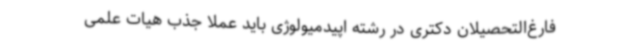
فارغ‌التحصیلان دکتری در رشته اپیدمیولوژی باید عملا جذب هیات علمی